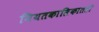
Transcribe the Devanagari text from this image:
नियतकालिकातही